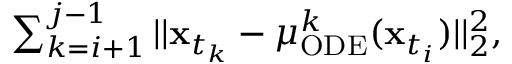
\begin{array} { r } { \sum _ { k = i + 1 } ^ { j - 1 } | | \mathbf { x } _ { t _ { k } } - \mu _ { \mathrm { O D E } } ^ { k } ( \mathbf { x } _ { t _ { i } } ) | | _ { 2 } ^ { 2 } , } \end{array}